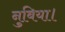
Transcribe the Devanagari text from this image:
नुबिया।